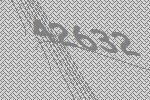
42632